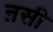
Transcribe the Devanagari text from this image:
ऩसी